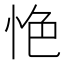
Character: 𢙚